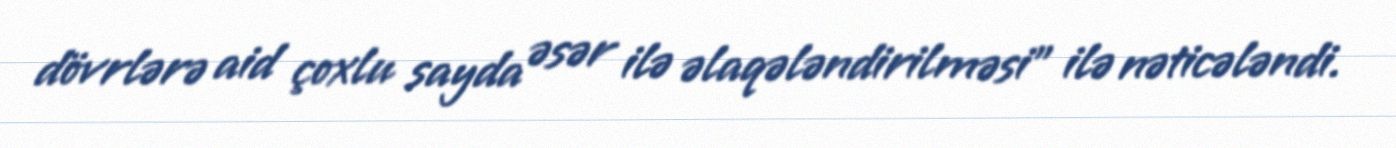
dövrlərə aid çoxlu sayda əsər ilə əlaqələndirilməsi" ilə nəticələndi.